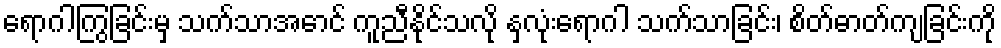
ရောဂါကြွခြင်းမှ သက်သာအောင် ကူညီနိုင်သလို နှလုံးရောဂါ သက်သာခြင်း၊ စိတ်ဓာတ်ကျခြင်းကို